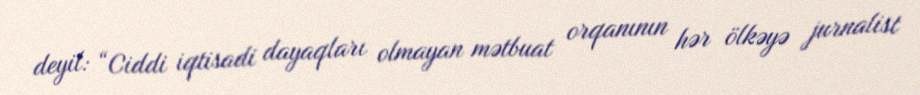
deyil: “Ciddi iqtisadi dayaqları olmayan mətbuat orqanının hər ölkəyə jurnalist